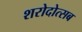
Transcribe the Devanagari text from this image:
शरोदोत्सब